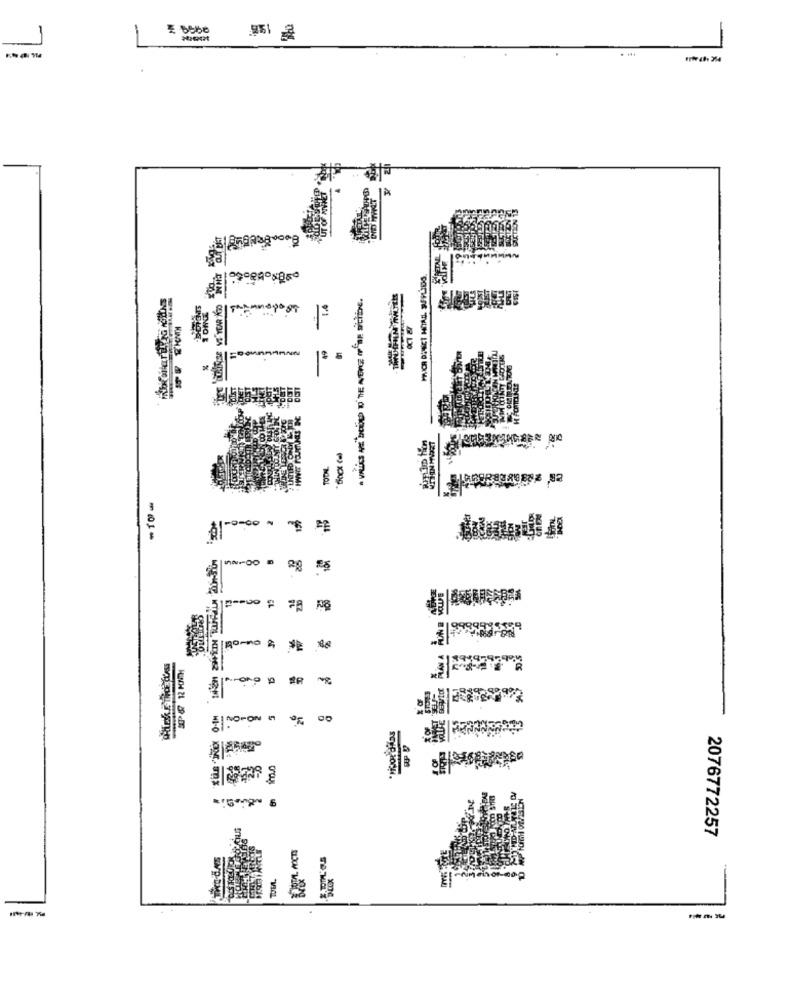
. ...
Pagoos
-TO-
SPF 12 MONTH
-
ENOPON 9
1B
2076772257